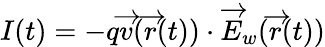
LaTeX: I(t)=-q\overrightarrow{v}(\overrightarrow{r}(t))\cdot\overrightarrow{E}_{w}(\overrightarrow{r}(t))